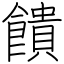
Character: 饋